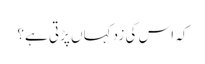
کہ اس کی زد کہاں پڑتی ہے؟